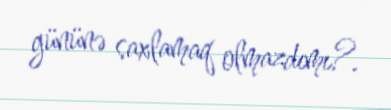
gününə saxlamaq olmazdımı?.